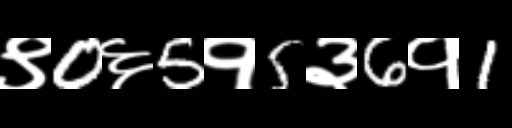
Text: ९0६5१5३6१1